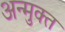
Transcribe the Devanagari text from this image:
अन्मुक्त